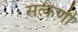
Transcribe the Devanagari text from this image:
सत्कर्णी